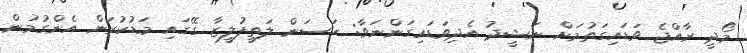
މޯދީ ރާއްޖެ ވަޑައިގަތުމަށް ނަޝީދު އެދިވަޑައިގަންނަވާ: ހަސަން ލަތީފުލީޒާ ގޭގައި މަޑުކުރަން އެންގުމުން